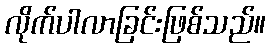
လိုက်ပါလာခြင်းဖြစ်သည်။